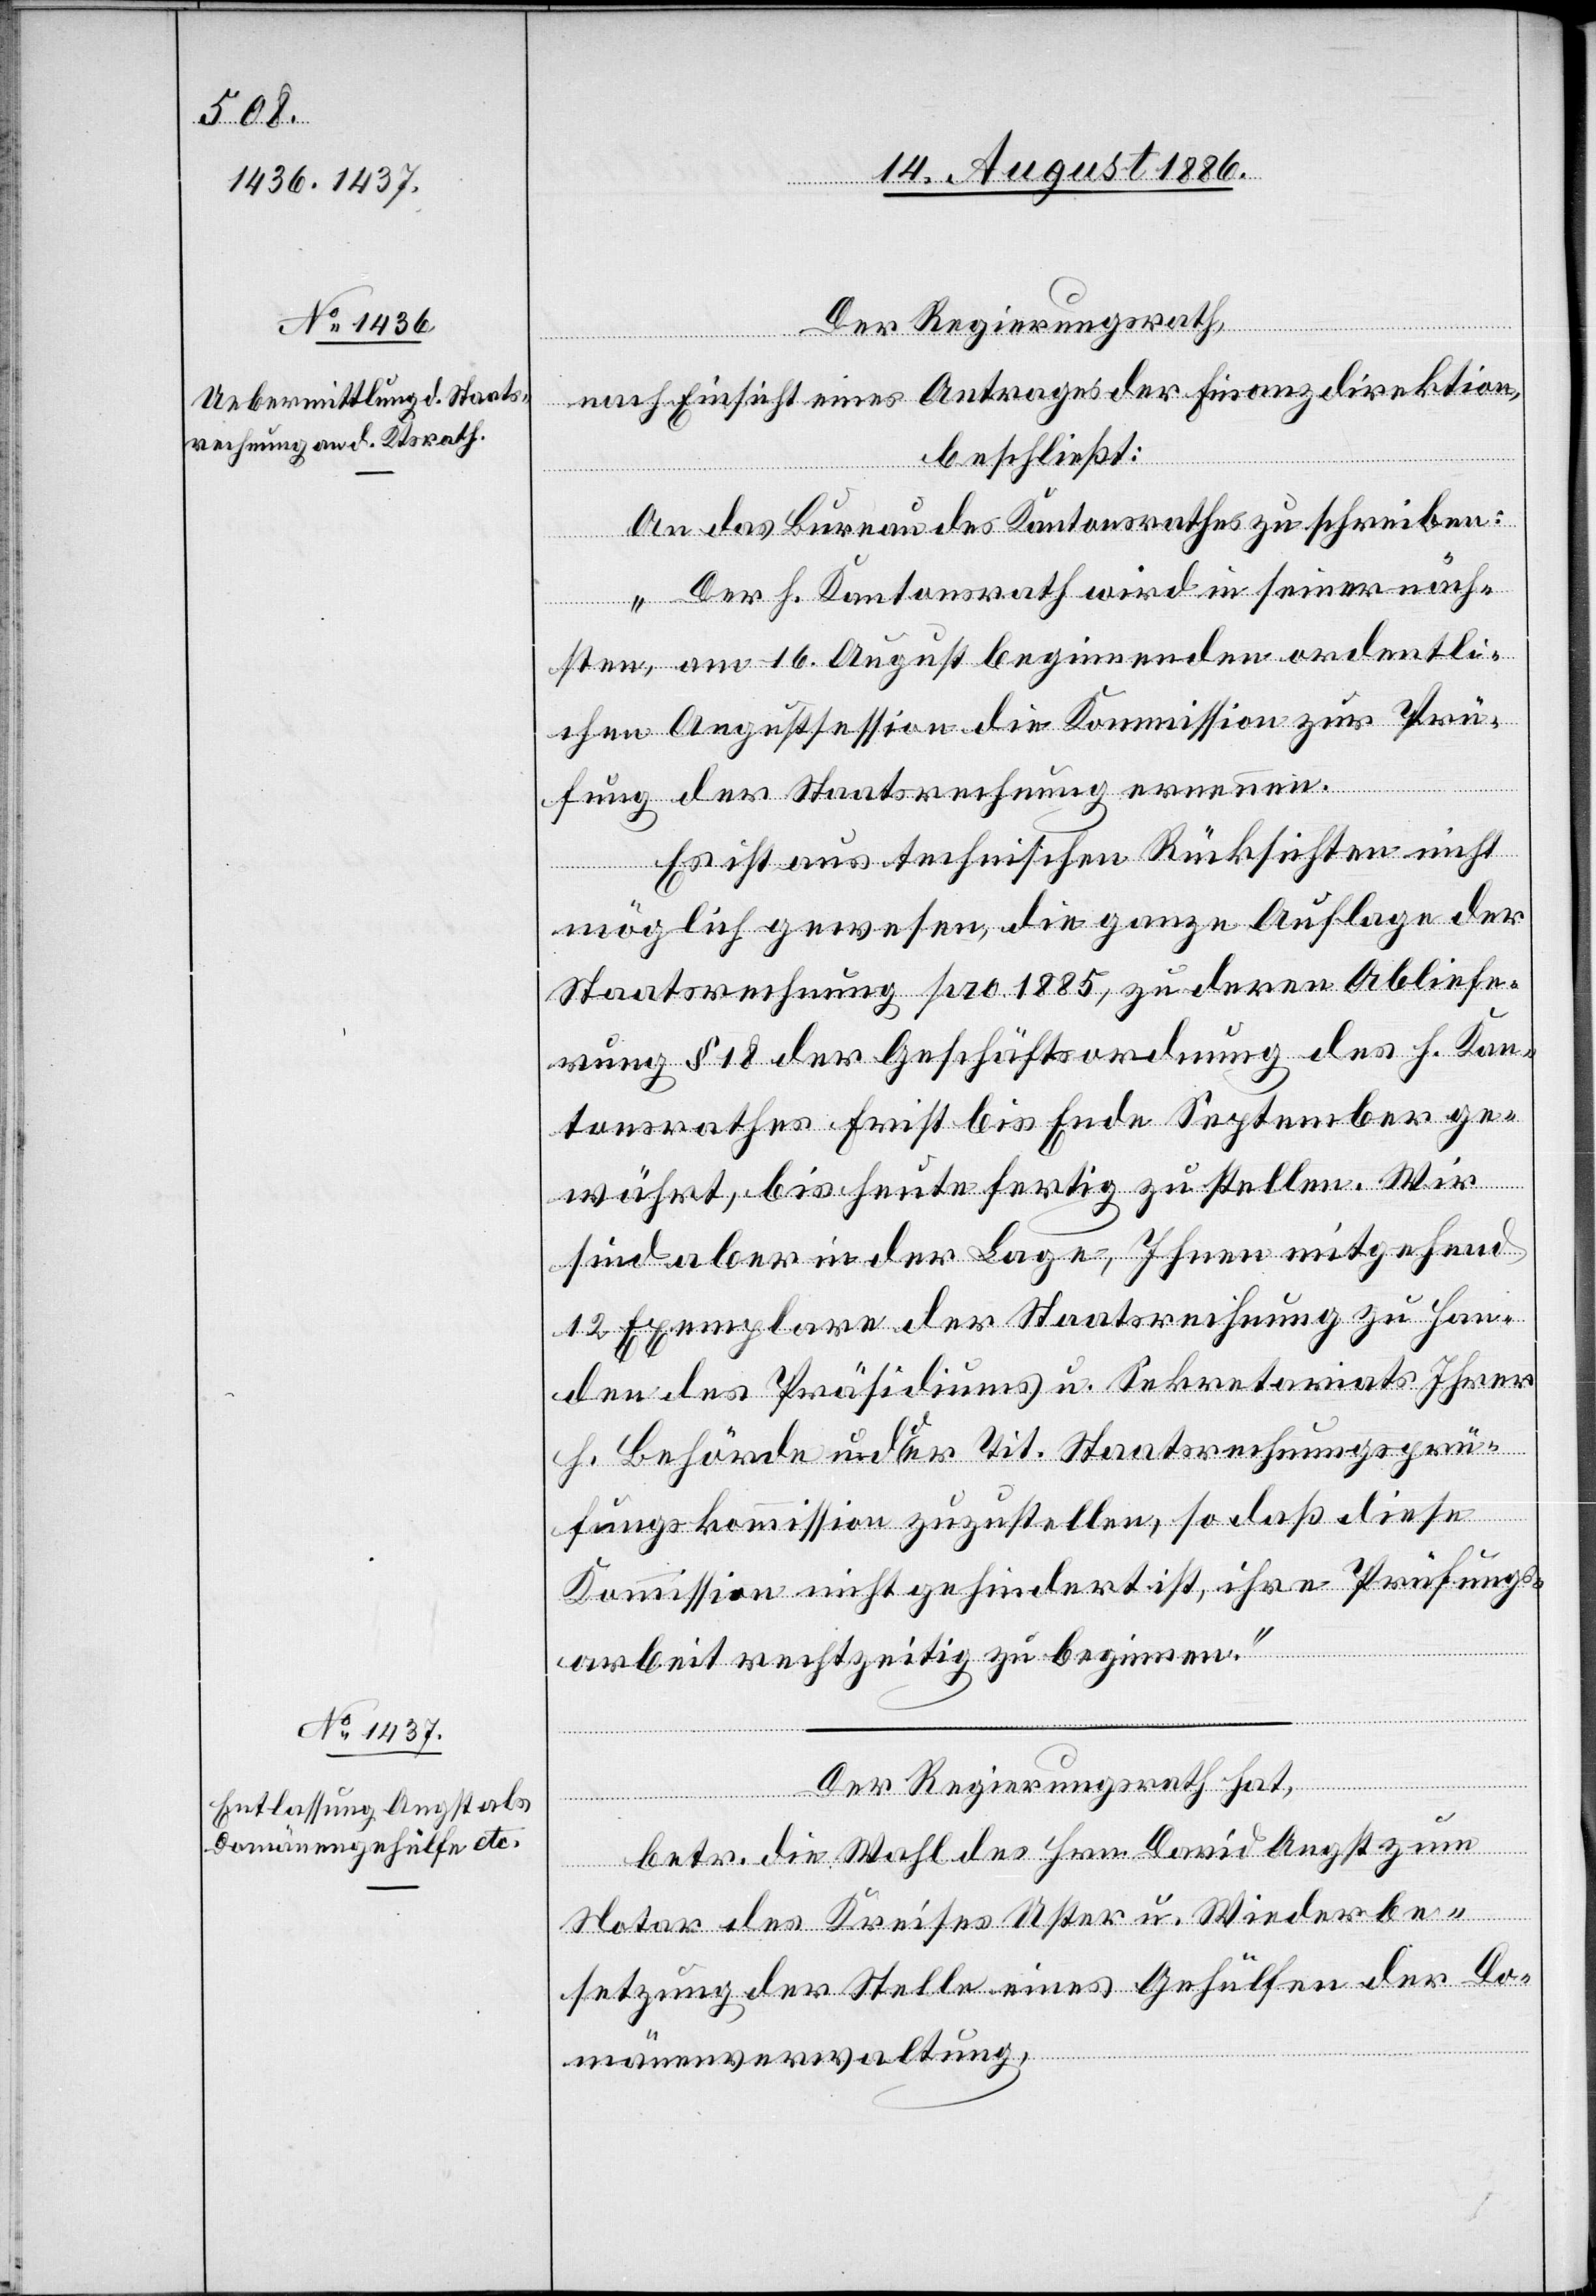
Der Regierungsrath,
nach Einsicht eines Antrages der Finanzdirektion,
beschließt:
An das Bureau des Kantonsrathes zu schreiben:
„Der h. Kantonsrath wird in seiner näch¬
sten, am 16. August beginnenden ordentli¬
chen Augustsession die Kommission zur Prü¬
fung der Staatsrechnung ernennen.
Es ist aus technischen Rücksichten nicht
möglich gewesen, die ganze Auflage der
Staatsrechnung pro 1885, zu deren Abliefe¬
rung § 18 der Geschäftsordnung des h. Kan¬
tonsrathes Frist bis Ende September ge¬
währt, bis heute fertig zu stellen. Wir
sind aber in der Lage, Ihnen mitgehend
12 Exemplare der Staatsrechnung zu Han¬
den des Präsidiums u. Sekretariats Ihrer
h. Behörde und der Tit. Staatsrechnungsprü¬
fungskommission zuzustellen, so daß diese
Kommission nicht gehindert ist, ihre Prüfungs¬
arbeit rechtzeitig zu beginnen.“
Der Regierungsrath hat,
betr. die Wahl des Hrn. David Angst zum
Notar des Kreises Uster u. Wiederbe¬
setzung der Stelle eines Gehülfen der Do¬
mänenverwaltung,